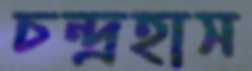
চন্দ্রহাস